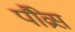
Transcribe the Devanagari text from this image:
पौव्रेस